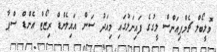
ވޮލީބޯލް ޗެމްޕިއަންސް ލީގުގެ ފައިނަލުގައި މިއަދު ސަން އައިލެންޑް ރިޒޯޓް އެންޑް ސްޕާ